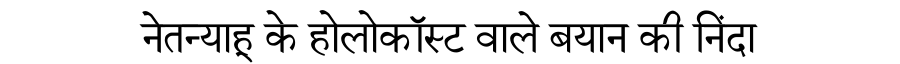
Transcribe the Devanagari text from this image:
नेतन्याहू के होलोकॉस्ट वाले बयान की निंदा